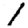
Digit: 1